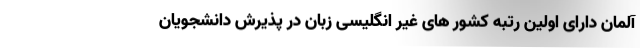
آلمان دارای اولین رتبه کشور های غیر انگلیسی زبان در پذیرش دانشجویان